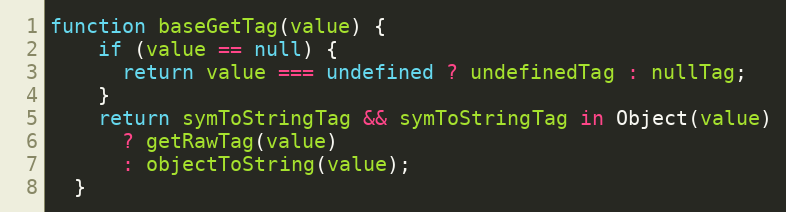
Language: JavaScript
function baseGetTag(value) {
    if (value == null) {
      return value === undefined ? undefinedTag : nullTag;
    }
    return symToStringTag && symToStringTag in Object(value)
      ? getRawTag(value)
      : objectToString(value);
  }